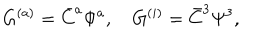
G ^ { ( a ) } = \bar { C } ^ { a } \Phi ^ { a } , \quad G ^ { ( i ) } = \bar { C } ^ { 3 } \Psi ^ { 3 } ,